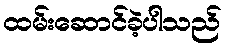
ထမ်းဆောင်ခဲ့ပါသည်